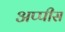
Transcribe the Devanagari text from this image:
अप्पीस